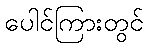
ပေါင်ကြားတွင်